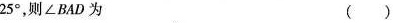
2 5 °$$，则∠BAD为 ( )